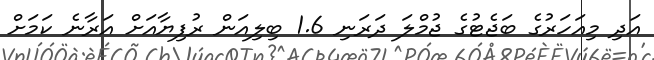
އަދި މިއަހަރުގެ ބަޖެޓުގެ ޖުމްލަ ދަރަނި 1.6 ބިލިއަން ރުފިޔާއަށް އަރާނެ ކަމަށް